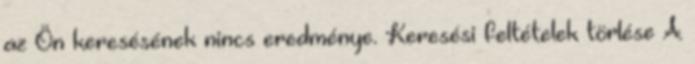
az Ön keresésének nincs eredménye. Keresési feltételek törlése A